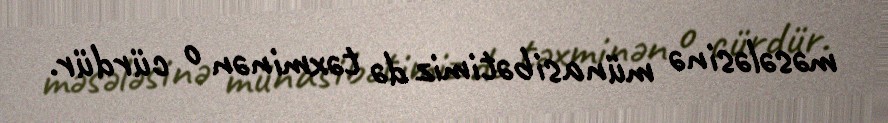
məsələsinə münasibətimiz də təxminən o cürdür.